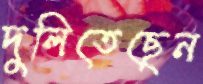
দুলিতেছেন